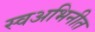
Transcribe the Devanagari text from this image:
स्वअभिनीत